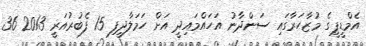
އެމްޑީޕީގެ މުޒާހަރާގައި ސަންދާނު އަހައްމައިދީ އަށް ހަމަލާދީފި 15 ފެބުރުއަރީ 2013 36